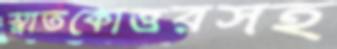
স্নাতকোত্তরসহ